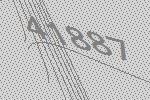
41887